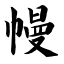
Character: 幔